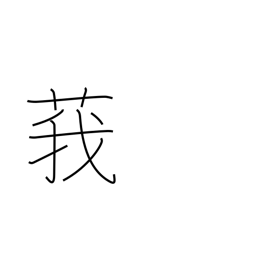
Meaning: type of thistle